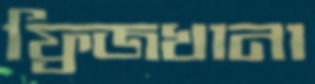
ফ্রিজখানা